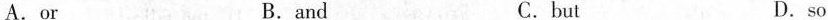
A.or B.and C.but D.so